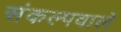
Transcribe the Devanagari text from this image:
संकल्पवाले